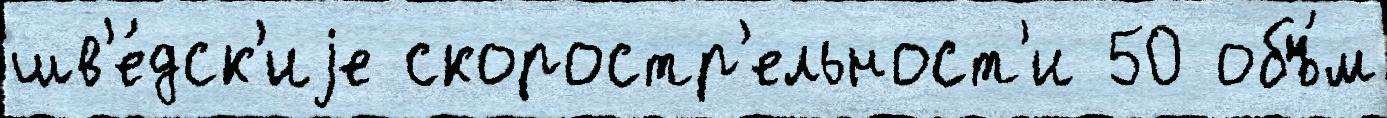
шв'е́дск'иjе скоростр'ельност'и 50 объ́м